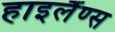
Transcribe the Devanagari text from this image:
हाइलैंण्स